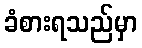
ခံစားရသည်မှာ